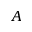
A